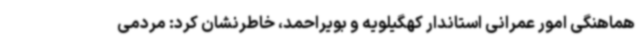
هماهنگی امور عمرانی استاندار کهگیلویه و بویراحمد، خاطرنشان کرد: مردمی